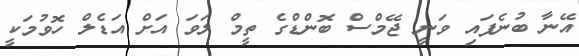
އޭނާ ބުނެފައި ވަނީ ޖޭމްސް ބޮންޑްގެ ތީމް ލަވަ އަށް އަޑެލް ހޮވުމަކީ